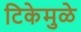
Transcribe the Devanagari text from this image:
टिकेमुळे